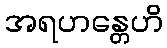
အရဟန္တေဟိ